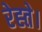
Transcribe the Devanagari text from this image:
रेह्ते।